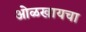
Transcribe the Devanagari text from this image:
ओळखायचा